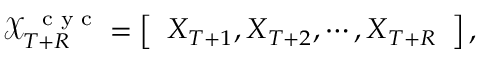
\mathcal X _ { T + R } ^ { \mathrm { ~ \scriptsize ~ c ~ y ~ c ~ } } = \left[ \begin{array} { l } { \boldsymbol X _ { T + 1 } , \boldsymbol X _ { T + 2 } , \cdots , \boldsymbol X _ { T + R } } \end{array} \right] ,